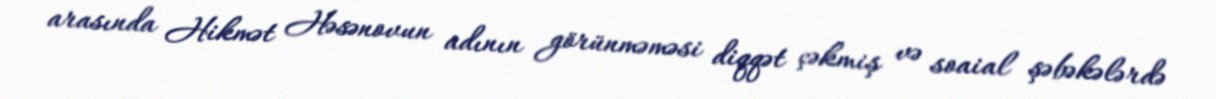
arasında Hikmət Həsənovun adının görünməməsi diqqət çəkmiş və soaial şəbəkələrdə